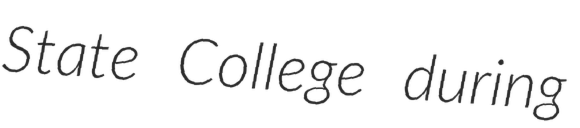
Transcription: State College during